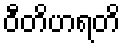
ဝီတိဟရတိ